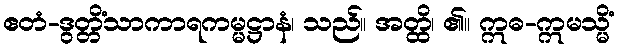
ဧတံ-ဒွတ္တိံသာကာရကမ္မဋ္ဌာနံ၊ သည်။ အတ္ထိ၊ ၏။ ဣဓ-ဣမသ္မိံ